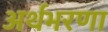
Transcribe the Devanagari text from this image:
अर्थभरणा